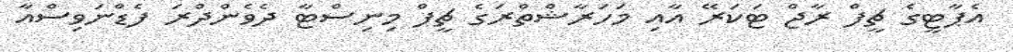
އެޕާޓީގެ ޗީފް ރާޖް ޓަކަރޭ އާއި މަހަރާޝްތްރަގެ ޗީފް މިނިސްޓާ ދެވެންދްރަ ފެޑްނަވިސްއާ